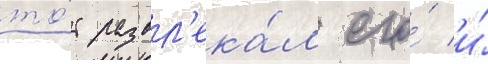
то́т развл'ека́л его́ и́